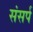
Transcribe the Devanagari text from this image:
संसर्प